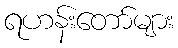
ရဟန်းတော်များ